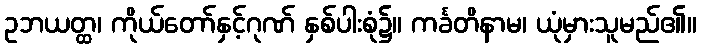
ဥဘယတ္ထ၊ ကိုယ်တော်နှင့်ဂုဏ် နှစ်ပါးစုံ၌။ ကင်္ခတိနာမ၊ ယုံမှားသူမည်၏။